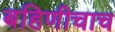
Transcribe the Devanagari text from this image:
बहिणीचाच